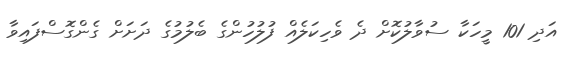
އަދި 101 މީހަކާ ސުވާލުކޮށް ދެ ވެހިކަލެއް ފުލުހުންގެ ބެލުމުގެ ދަށަށް ގެންގޮސްފައިވާ